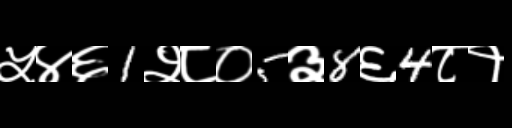
Text: ५४६1२८०5३8६4८१